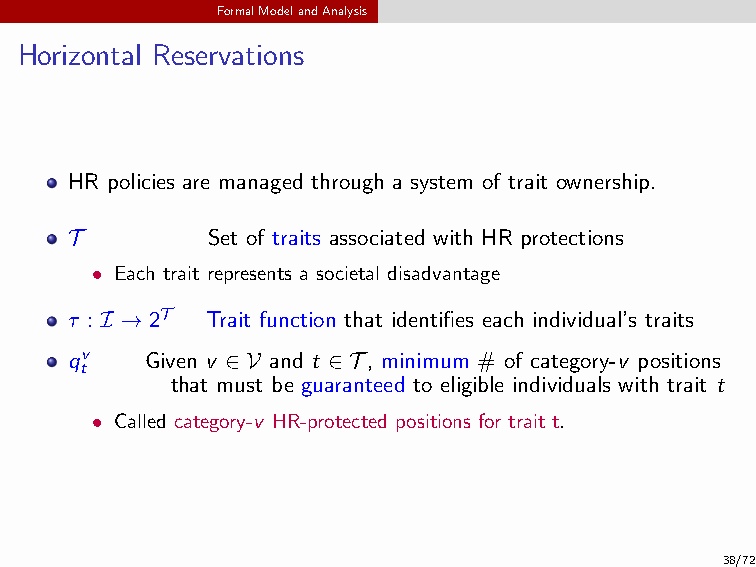
FormalModelandAnalysis
 Horizontal Reservations
 HR policies are managed through a system of trait ownership.
 T        Set of traits associated with HR protections
 • Each trait represents a societal disadvantage
 τ : I → 2T Trait function that identifies each individual’s traits
 qv   Given v ∈ V and t ∈ T, minimum # of category-v positions
 t
 that must be guaranteed to eligible individuals with trait t
 • Called category-v HR-protected positions for trait t.
 38/72